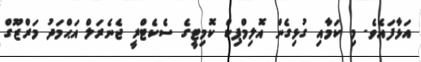
އަޅާފައެވެ. މި ކަމާއި ގުޅިގެން އޮލިމްޕިކް ކޮމިޓީގެ ސެކެޓްރީ ޖެނެރަލް އަޙްމަދު މަރްޒޫގް